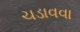
ચડાવવા